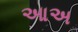
આઅ